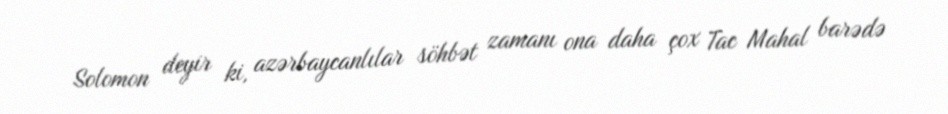
Solomon deyir ki, azərbaycanlılar söhbət zamanı ona daha çox Tac Mahal barədə